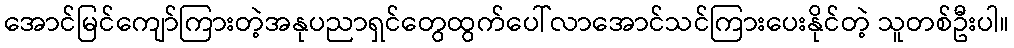
အောင်မြင်ကျော်ကြားတဲ့အနုပညာရှင်တွေထွက်ပေါ်လာအောင်သင်ကြားပေးနိုင်တဲ့ သူတစ်ဦးပါ။